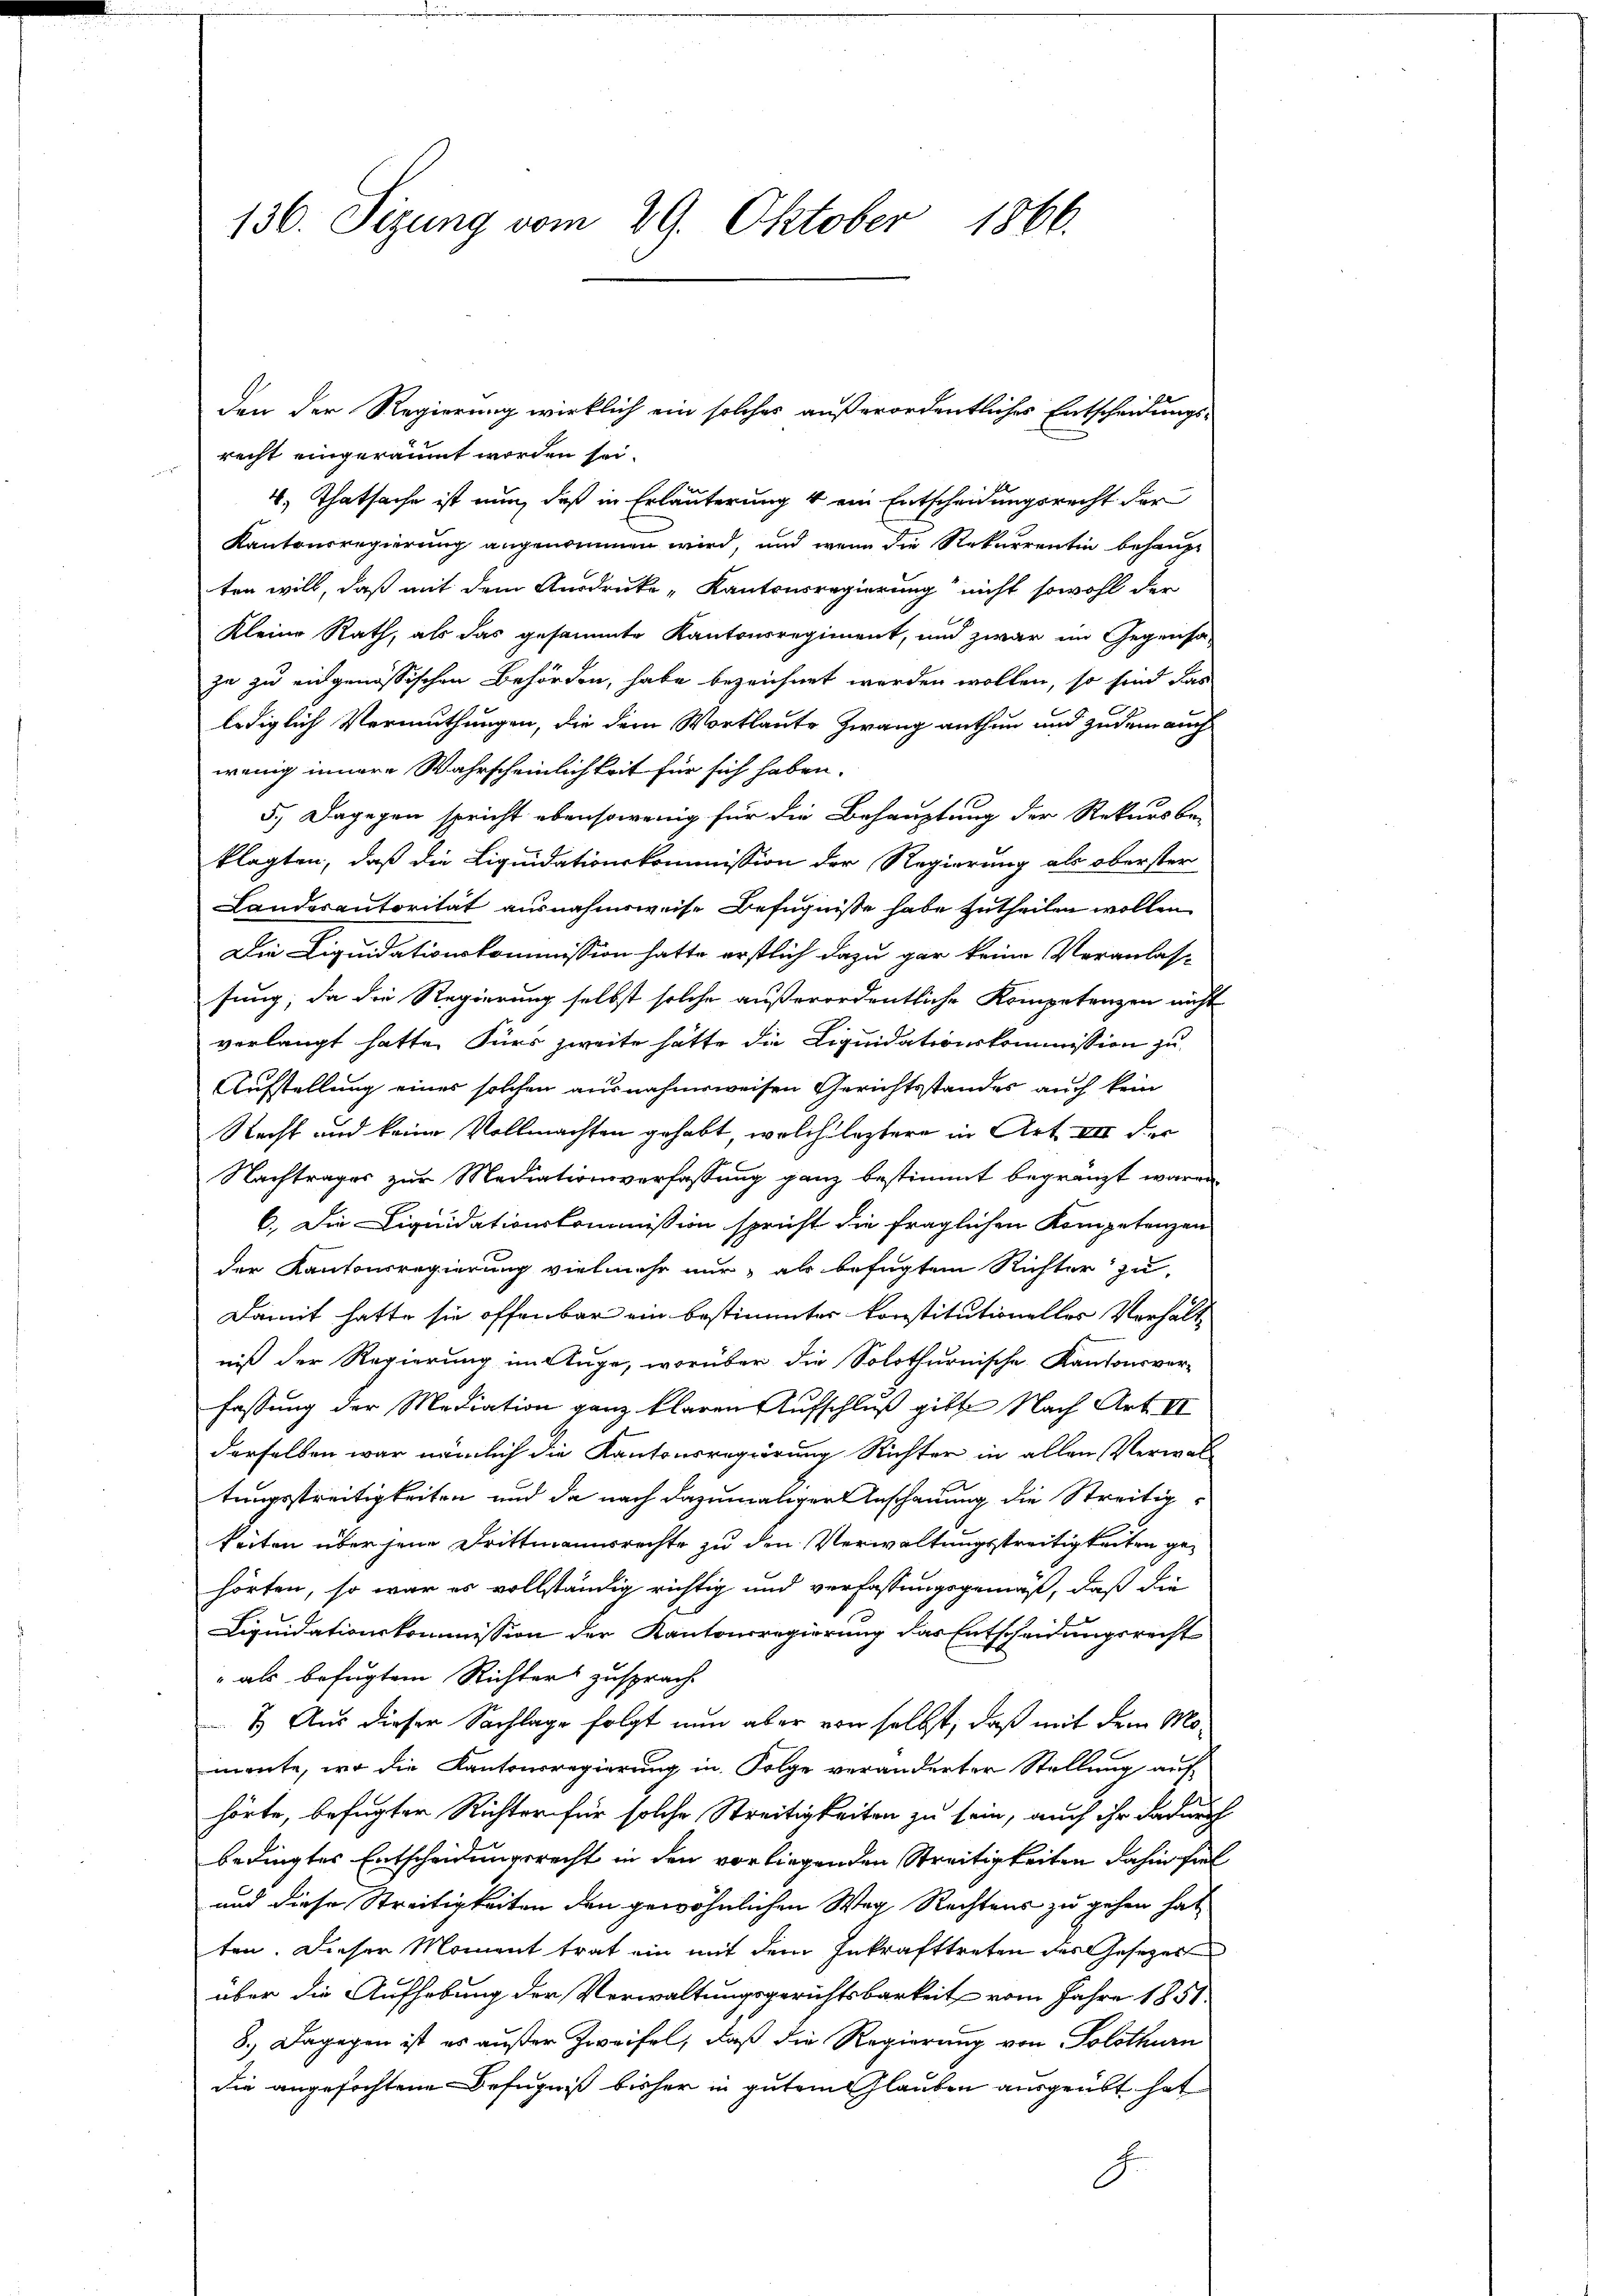
136. Sizung vom 29. Oktober 1866.

recht eingeräumt worden sei.
d
4, Thatsache ist nun, daß in Erläuterung 4 ein Entscheidungsrecht der
Kantonsregierung angenommen wird, und wenn die Rekurrentin behaupt
ten will, daß mit dem Ausdrucke „Kantonsregierung nicht sowohl der
Kleine Rath, als das gesammte Kantonsregiment, und zwar im Gegensa-
ja zu eingenössischen Behörden, habe bezeichnet werden wollen, so sind das
lediglich Vermuthungen, die dem Wortlaute Zwang anthun und zudem auch
wenig innere Wahrscheinlichkeit für sich haben.
5.) Dagegen spricht ebensowenig für die Behauptung der Rekursbe-
klagten, daß die Liquidationskommission der Regierung als oberster
Landesautorität ausnahmsweise Befugnisse habe zutheilen wollen.
Die Liquidationskommission hatte erstlich dazu gar keine Veranlasse
sung, da die Regierung selbst solche außerordentliche Kompetenzen nicht
verlangt hatte. Fürs zweite hätte die Liquidationskommission zu
Aufstellung eines solchen ausnahmsweisen Gerichtsstandes auch kein
Recht und keine Vollmachten gehabt, welche leztere in Art III der
Nachtrages zur Mediationsverfassung ganz bestimmt begränzt waren
6.) Die Liquidationskommission spricht die fraglichen Kompetenzen
der Kantonsregierung vielmehr nur, als befügtem Richter zu
Damit hatte sie offenbar ein bestimmtes konstitutioneller Verhält
niß der Regierung im Auge, worüber die Solothurnische Kantonsver-
fassung der Mediation ganz klaren Aufschluß gibte Nach Art. II
derselben war nämlich die Kantonsregierung Richter in allen Verwaltungsstreitigkeiten und da nach dazumaliger Anschauung die Streitigkeiten über jene Drittmannsrechte zu den Verwaltungsstreitigkeiten gehörten, so war es vollständig richtig und verfassungsgemäß, daß die
Liquidationskommission der Kantonsregierung das Entscheidungsrecht
" als befugtem Richters zusprach
7. Aus dieser Sachlage folgt nun aber von selbst, daß mit dem Momante, wo die Kantonsregierung in Folge veränderter Stellung auf
hörte, befugter Richter für solche Streitigkeiten zu sein, auch ihr dadurch
bedingtes Entscheidungsrecht in den vorliegenden Streitigkeiten dahin fiel
und diese Streitigkeiten den gewöhnlichen Weg Rechtens zu gehen hat
ten. Dieser Moment trat ein mit dem Inkrafttreten des Gesezes
über die Aufhebung der Verwaltungsgerichtsbarkeit vom Jahre 1851
8.) Dagegen ist es außer Zweifel, daß die Regierung von Solothurn
die angefochtene Befugniß bisher in gutem Glauben ausgeübt hat
F.

den der Regierung wirklich ein solches außerordentliches Entscheidungs-